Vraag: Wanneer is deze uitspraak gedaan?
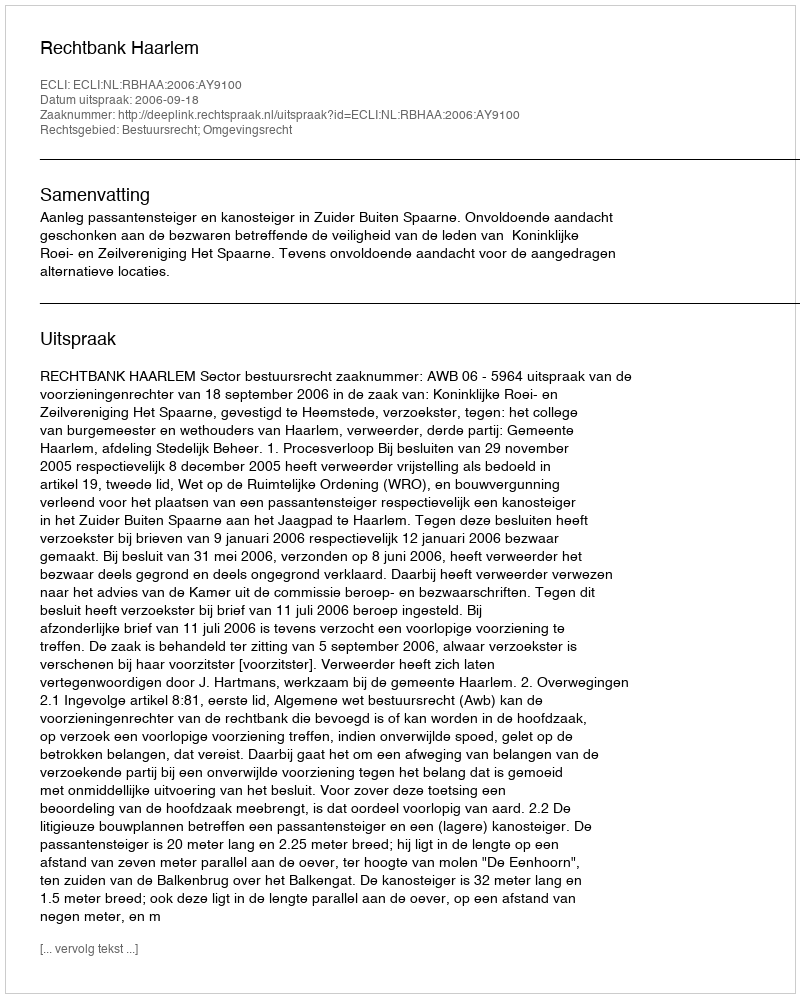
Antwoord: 2006-09-18